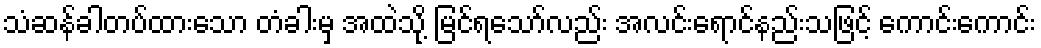
သံဆန်ခါတပ်ထားသော တံခါးမှ အထဲသို့ မြင်ရသော်လည်း အလင်းရောင်နည်းသဖြင့် ကောင်းကောင်း